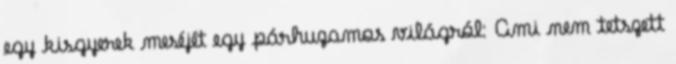
egy kisgyerek meséjét egy párhuzamos világról: Ami nem tetszett